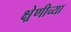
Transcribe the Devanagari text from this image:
क्ष्रेणीच्या